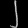
Digit: ၂